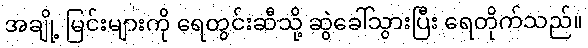
အချို့ မြင်းများကို ရေတွင်းဆီသို့ ဆွဲခေါ်သွားပြီး ရေတိုက်သည်။